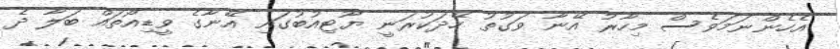
އެހެންނަމަވެސް މިހާރު އޭނާ ވަގުތު ހޭދަކުރަނީ ޔޫޓިއުބުގައި އޭނާގެ ވީޑިއޯތައް ބަލާ ދެ